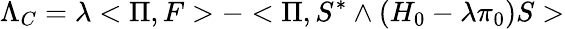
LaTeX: \Lambda_{C}=\lambda<\Pi,F>-<\Pi,S^{*}\wedge(H_{0}-\lambda\pi_{0})S>